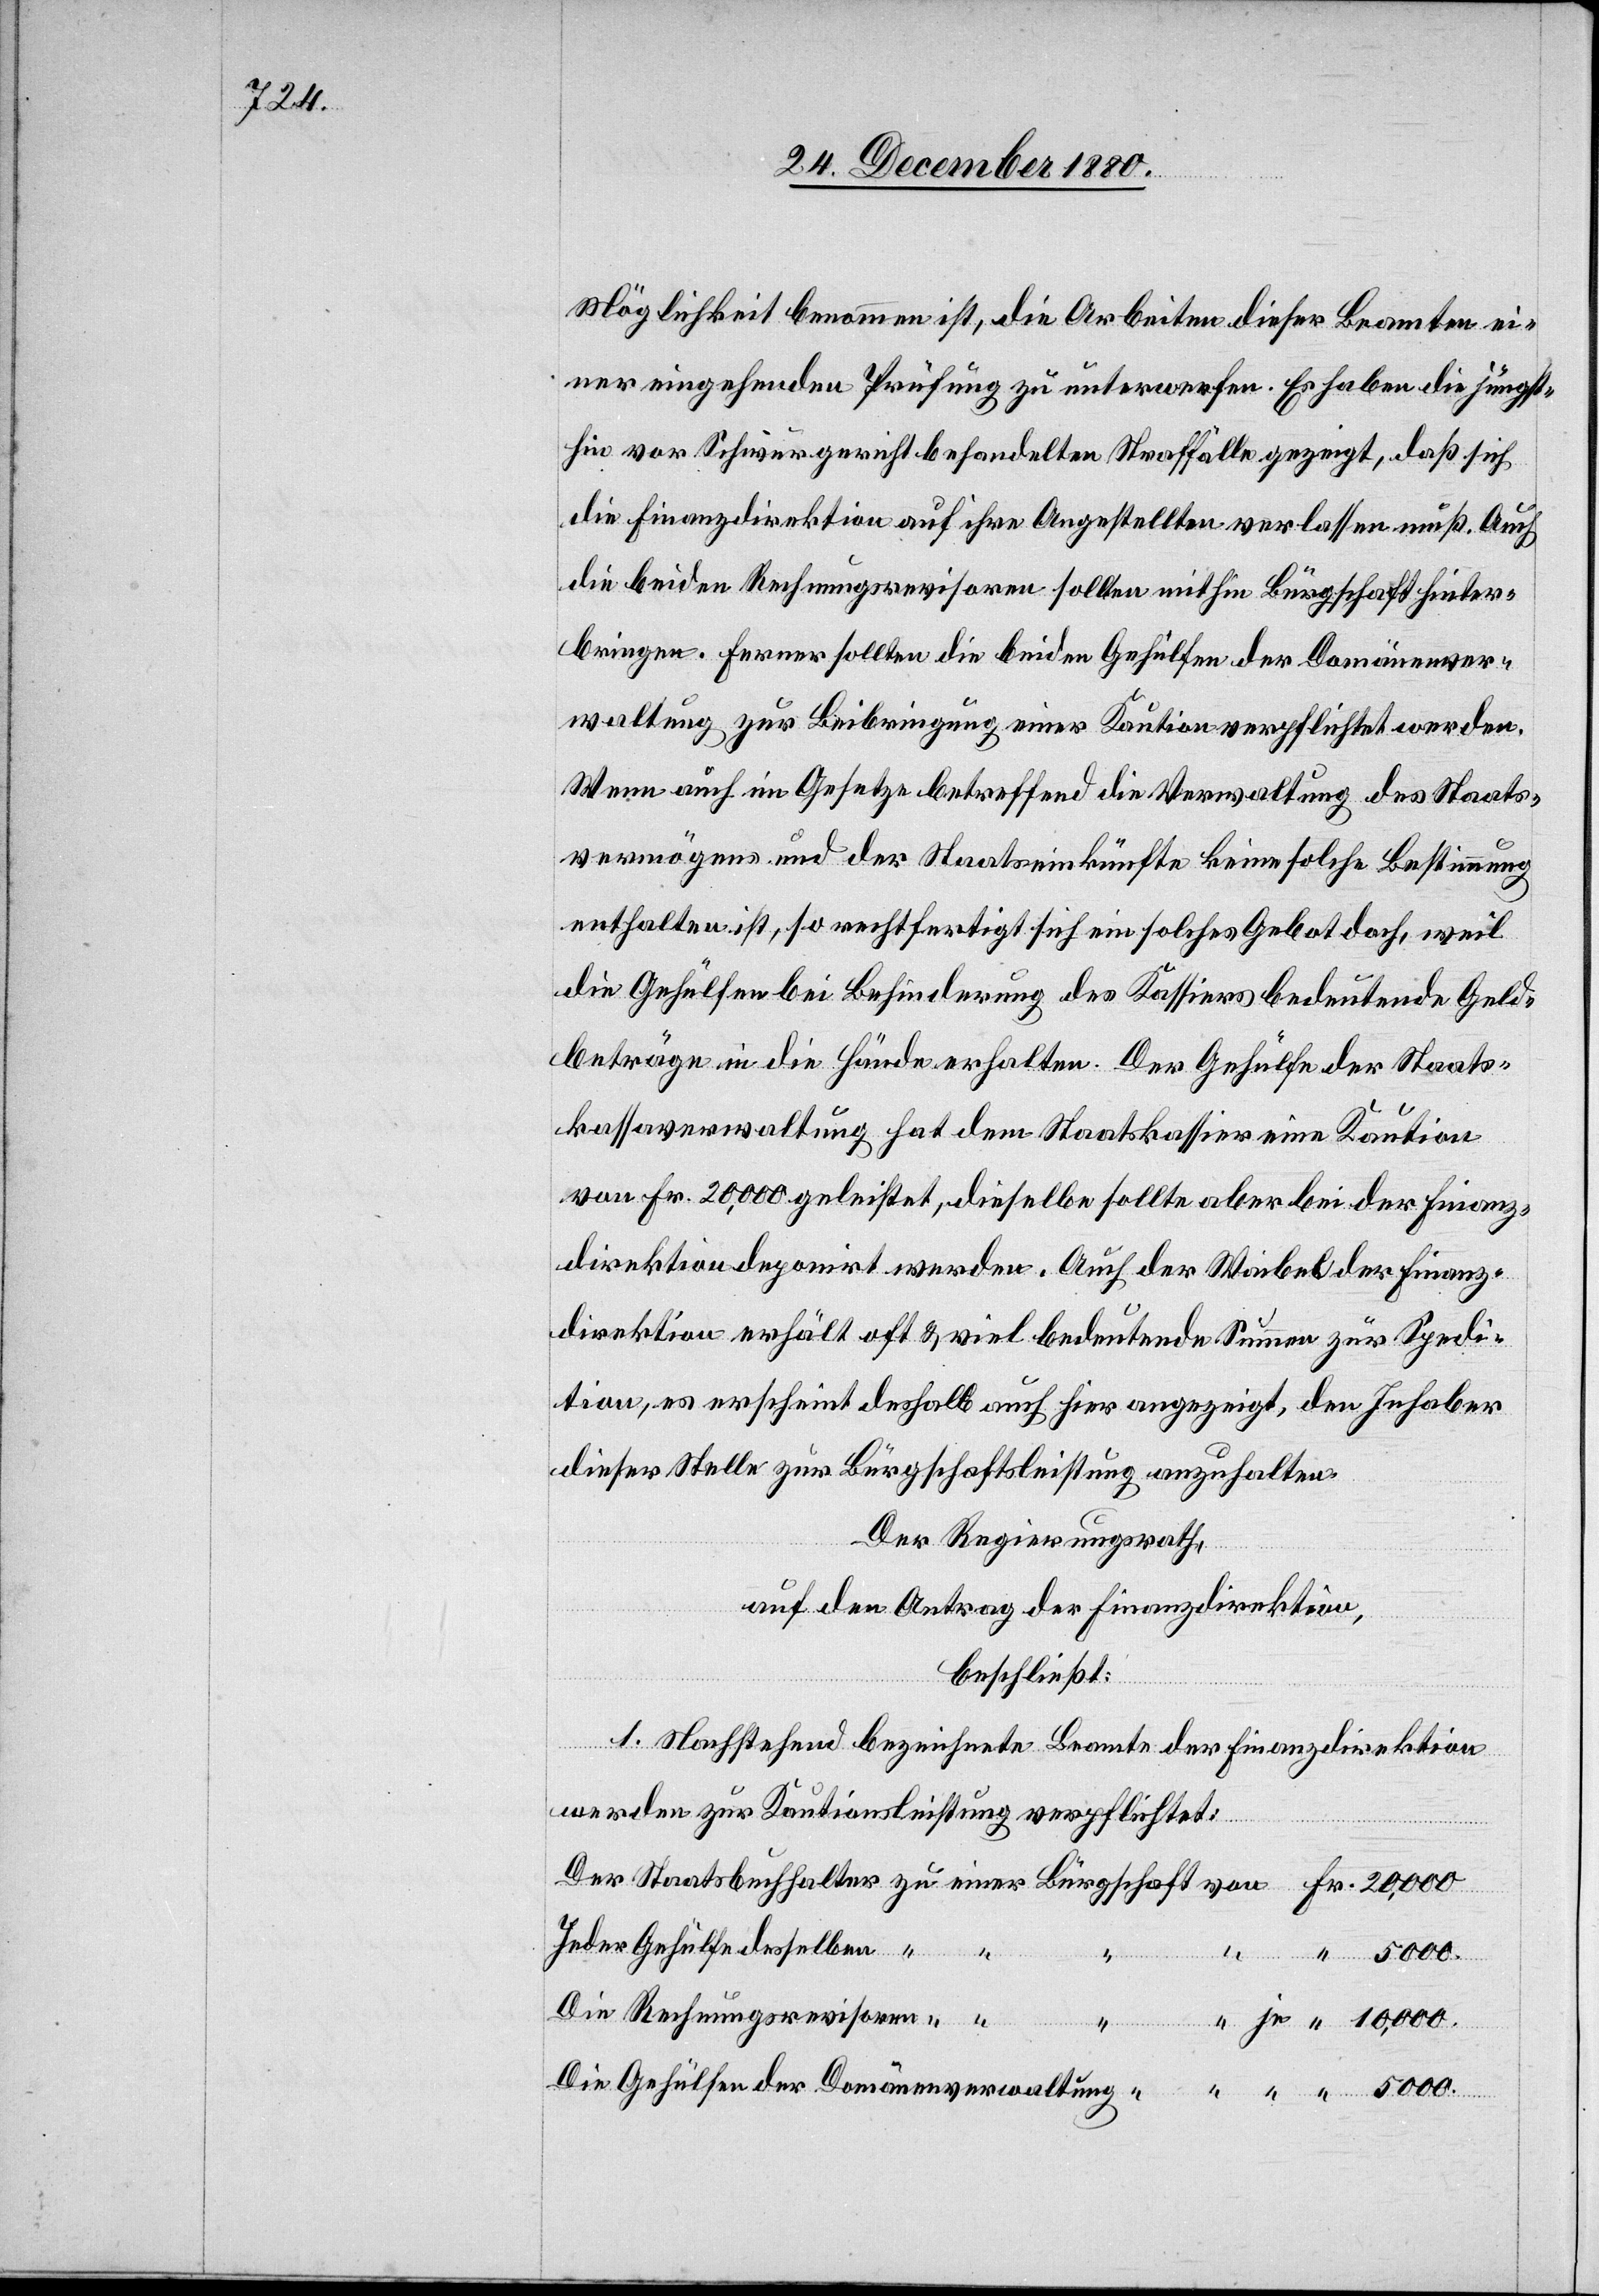
Möglichkeit benommen ist, die Arbeiten dieser Beamten ei¬
ner eingehenden Prüfung zu unterwerfen. Es haben die jüngst¬
hin vor Schwurgericht behandelten Straffälle gezeigt, daß sich
die Finanzdirektion auf ihre Angestellten verlassen muß. Auch
die beiden Rechnungsrevisoren sollen mithin Bürgschaft hinter¬
bringen. Ferner sollen die beiden Gehülfen der Domänever¬
waltung zur Beibringung einer Kaution verpflichtet werden.
Wenn auch im Gesetze betreffend die Verwaltung des Staats¬
vermögens und der Staatseinkünfte keine solche Bestimmung
enthalten ist, so rechtfertigt sich ein solches Gebot doch, weil
die Gehülfen bei Behinderung des Kassiers bedeutende Geld¬
beträge in die Hände erhalten. Der Gehülfe der Staats¬
kassaverwaltung hat dem Staatskassier eine Kaution
von Fr. 20,000 geleistet, dieselbe sollte aber bei der Finanz¬
direktion deponirt werden. Auch der Waibel der Finanz¬
direktion erhält oft & viel bedeutende Summen zur Spedi¬
tion, es erscheint deshalb auch hier angezeigt, den Inhaber
dieser Stelle zur Bürgschaftsleistung anzuhalten.
Der Regierungsrath,
auf den Antrag der Finanzdirektion,
beschließt:
1. Nachstehend bezeichnete Beamte der Finanzdirektion
werden zur Kautionsleistung verpflichtet:
Jeder Gehülfe desselben
Fr.
einer
Die Rechnungsrevisoren
Die Gehülfen der Domäneverwaltung